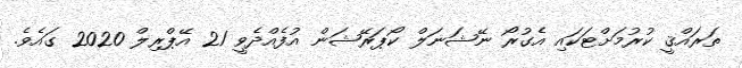
ތަރައްޤީ ކުރުމަށްޓަކައި އެގުރޯ ނޭޝަނަލް ކޯޕަރޭޝަން އުފެއްދެވީ 21 އޭޕްރިލް 2020 ގައެވެ.